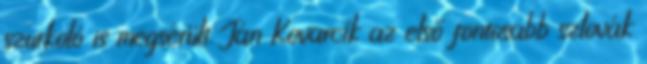
szurkoló is megsérült. Ján Kovarcík az első fontosabb szlovák